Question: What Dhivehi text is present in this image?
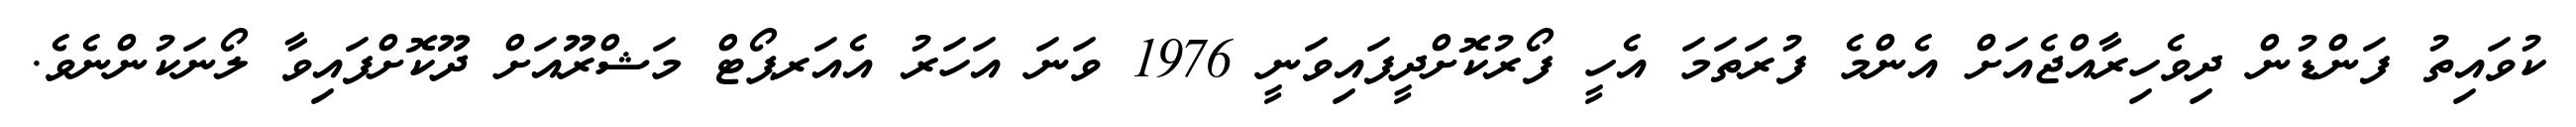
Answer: ކުވައިތު ފަންޑުން ދިވެހިރާއްޖެއަށް އެންމެ ފުރަތަމަ އެހީ ފޯރުކޮށްދީފައިވަނީ 1976 ވަނަ އަހަރު އެއަރޕޯޓް މަޝްރޫއަށް ދޫކޮށްފައިވާ ލޯނަކުންނެވެ.